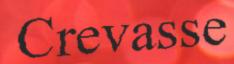
Crevasse